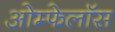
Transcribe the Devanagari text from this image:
ओम्फेलॉस